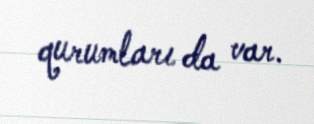
qurumları da var.